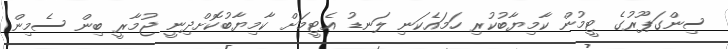
ސިންގަޕޫރުގެ ޓީމުން ކާމިޔާބުކުރި ހަމައެކަނި ލަނޑު އެޓީމަށް ކާމިޔާބުކޮށްދިނީ ޖުމާރީ ބިން ސެމިން